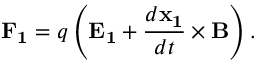
\mathbf { F _ { 1 } } = q \left( \mathbf { E _ { 1 } } + { \frac { d \mathbf { x _ { 1 } } } { d t } } \times \mathbf { B } \right) .